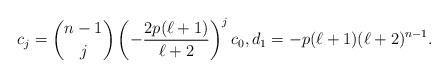
LaTeX: \begin{gather*}c_j = \binom{n-1}{j} \left(- \frac{2p(\ell+1)}{\ell+2} \right)^j c_0,d_1 = -p(\ell+1) (\ell+2)^{n-1}.\end{gather*}